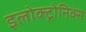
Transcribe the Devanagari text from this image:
इलोक्ट्रोनिक्स